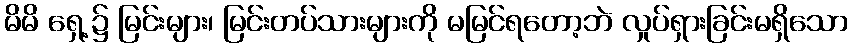
မိမိ ရှေ့၌ မြင်းများ၊ မြင်းတပ်သားများကို မမြင်ရတော့ဘဲ လှုပ်ရှားခြင်းမရှိသော